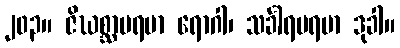
၂၀၃။ ဇိဃစ္ဆာပရမာ ရောဂါ၊ သင်္ခါရပရမာ ဒုခါ။